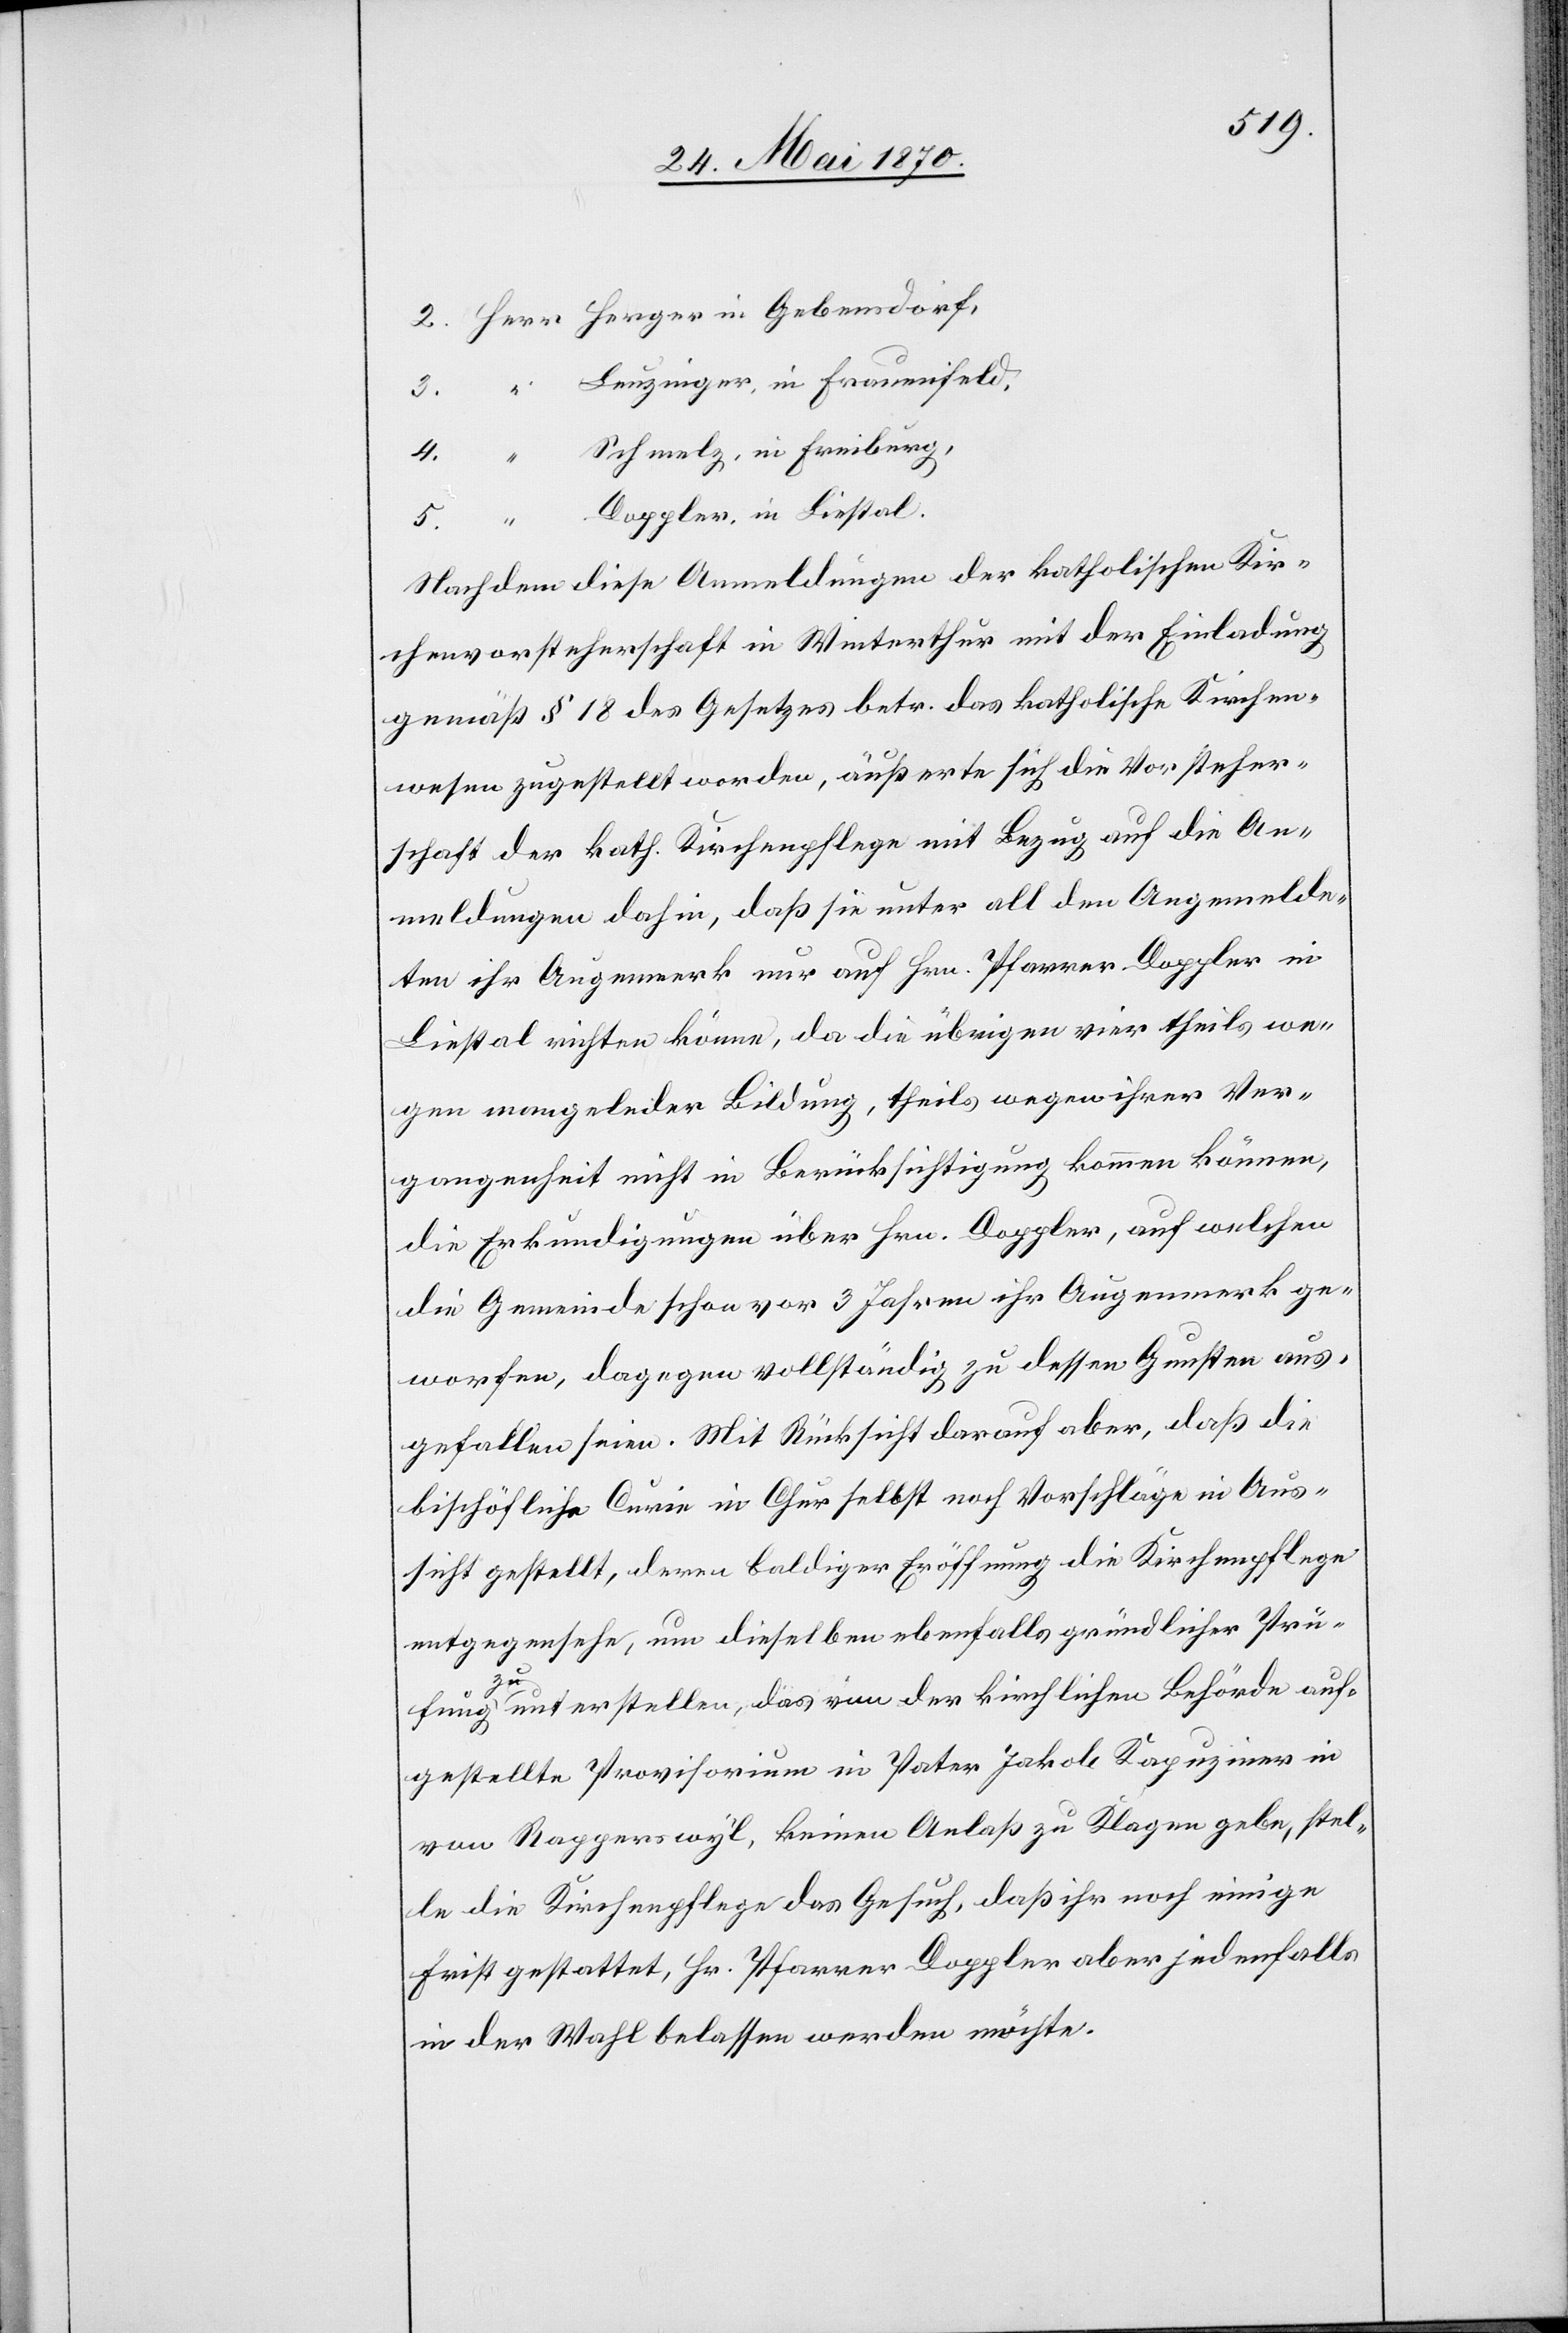
2. “ Herger in Gebensdorf,
Leuzinger, in Frauenfeld,
3. “
4. “ Schmelz, in Freiburg,
5. “ Doppler, in Liestal.
Nachdem diese Anmeldungen der katholischen Kir¬
chenvorsteherschaft in Winterthur mit der Einladung
gemäß § 18 des Gesetzes betr. das katholische Kirchen¬
wesen zugestellt worden, äußerte sich die Vorsteher¬
schaft der kath. Kirchenpflege mit Bezug auf die An¬
meldungen dahin, daß sie unter all den Angemelde¬
ten ihr Augenmerk nur auf Hrn. Pfarrer Doppler in
Liestal richten könne, da die übrigen vier theils we¬
gen mangelnder Bildung, theils wegen ihrer Ver¬
gangenheit nicht in Berücksichtigung kommen können,
die Erkundigungen über Hrn. Doppler, auf welchen
die Gemeinde schon vor 3 Jahren ihr Augenmerk ge¬
worfen, dagegen vollständig zu dessen Gunsten aus¬
gefallen seien. Mit Rücksicht darauf aber, daß die
bischöfliche Curie in Chur selbst noch Vorschläge in Aus¬
sicht gestellt, deren baldiger Eröffnung die Kirchenpflege
entgegensehe, um dieselben ebenfalls gründlicher Prü¬
fung zu unterstellen, das von der kirchlichen Behörde auf¬
gestellte Provisorium in Pater Jakob Kapuziner in
von Rapperswyl, keinen Anlaß zu Klagen gebe, stel¬
le die Kirchenpflege das Gesuch, daß ihr noch einige
Frist gestattet, Hr. Pfarrer Doppler aber jedenfalls
in der Wahl belassen werden möchte.